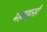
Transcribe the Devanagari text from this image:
महाडहूनही